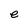
Character: e